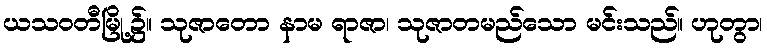
ယသဝတီမြို့၌။ သုဇာတော နာမ ရာဇာ၊ သုဇာတမည်သော မင်းသည်။ ဟုတွာ၊